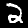
Digit: 2